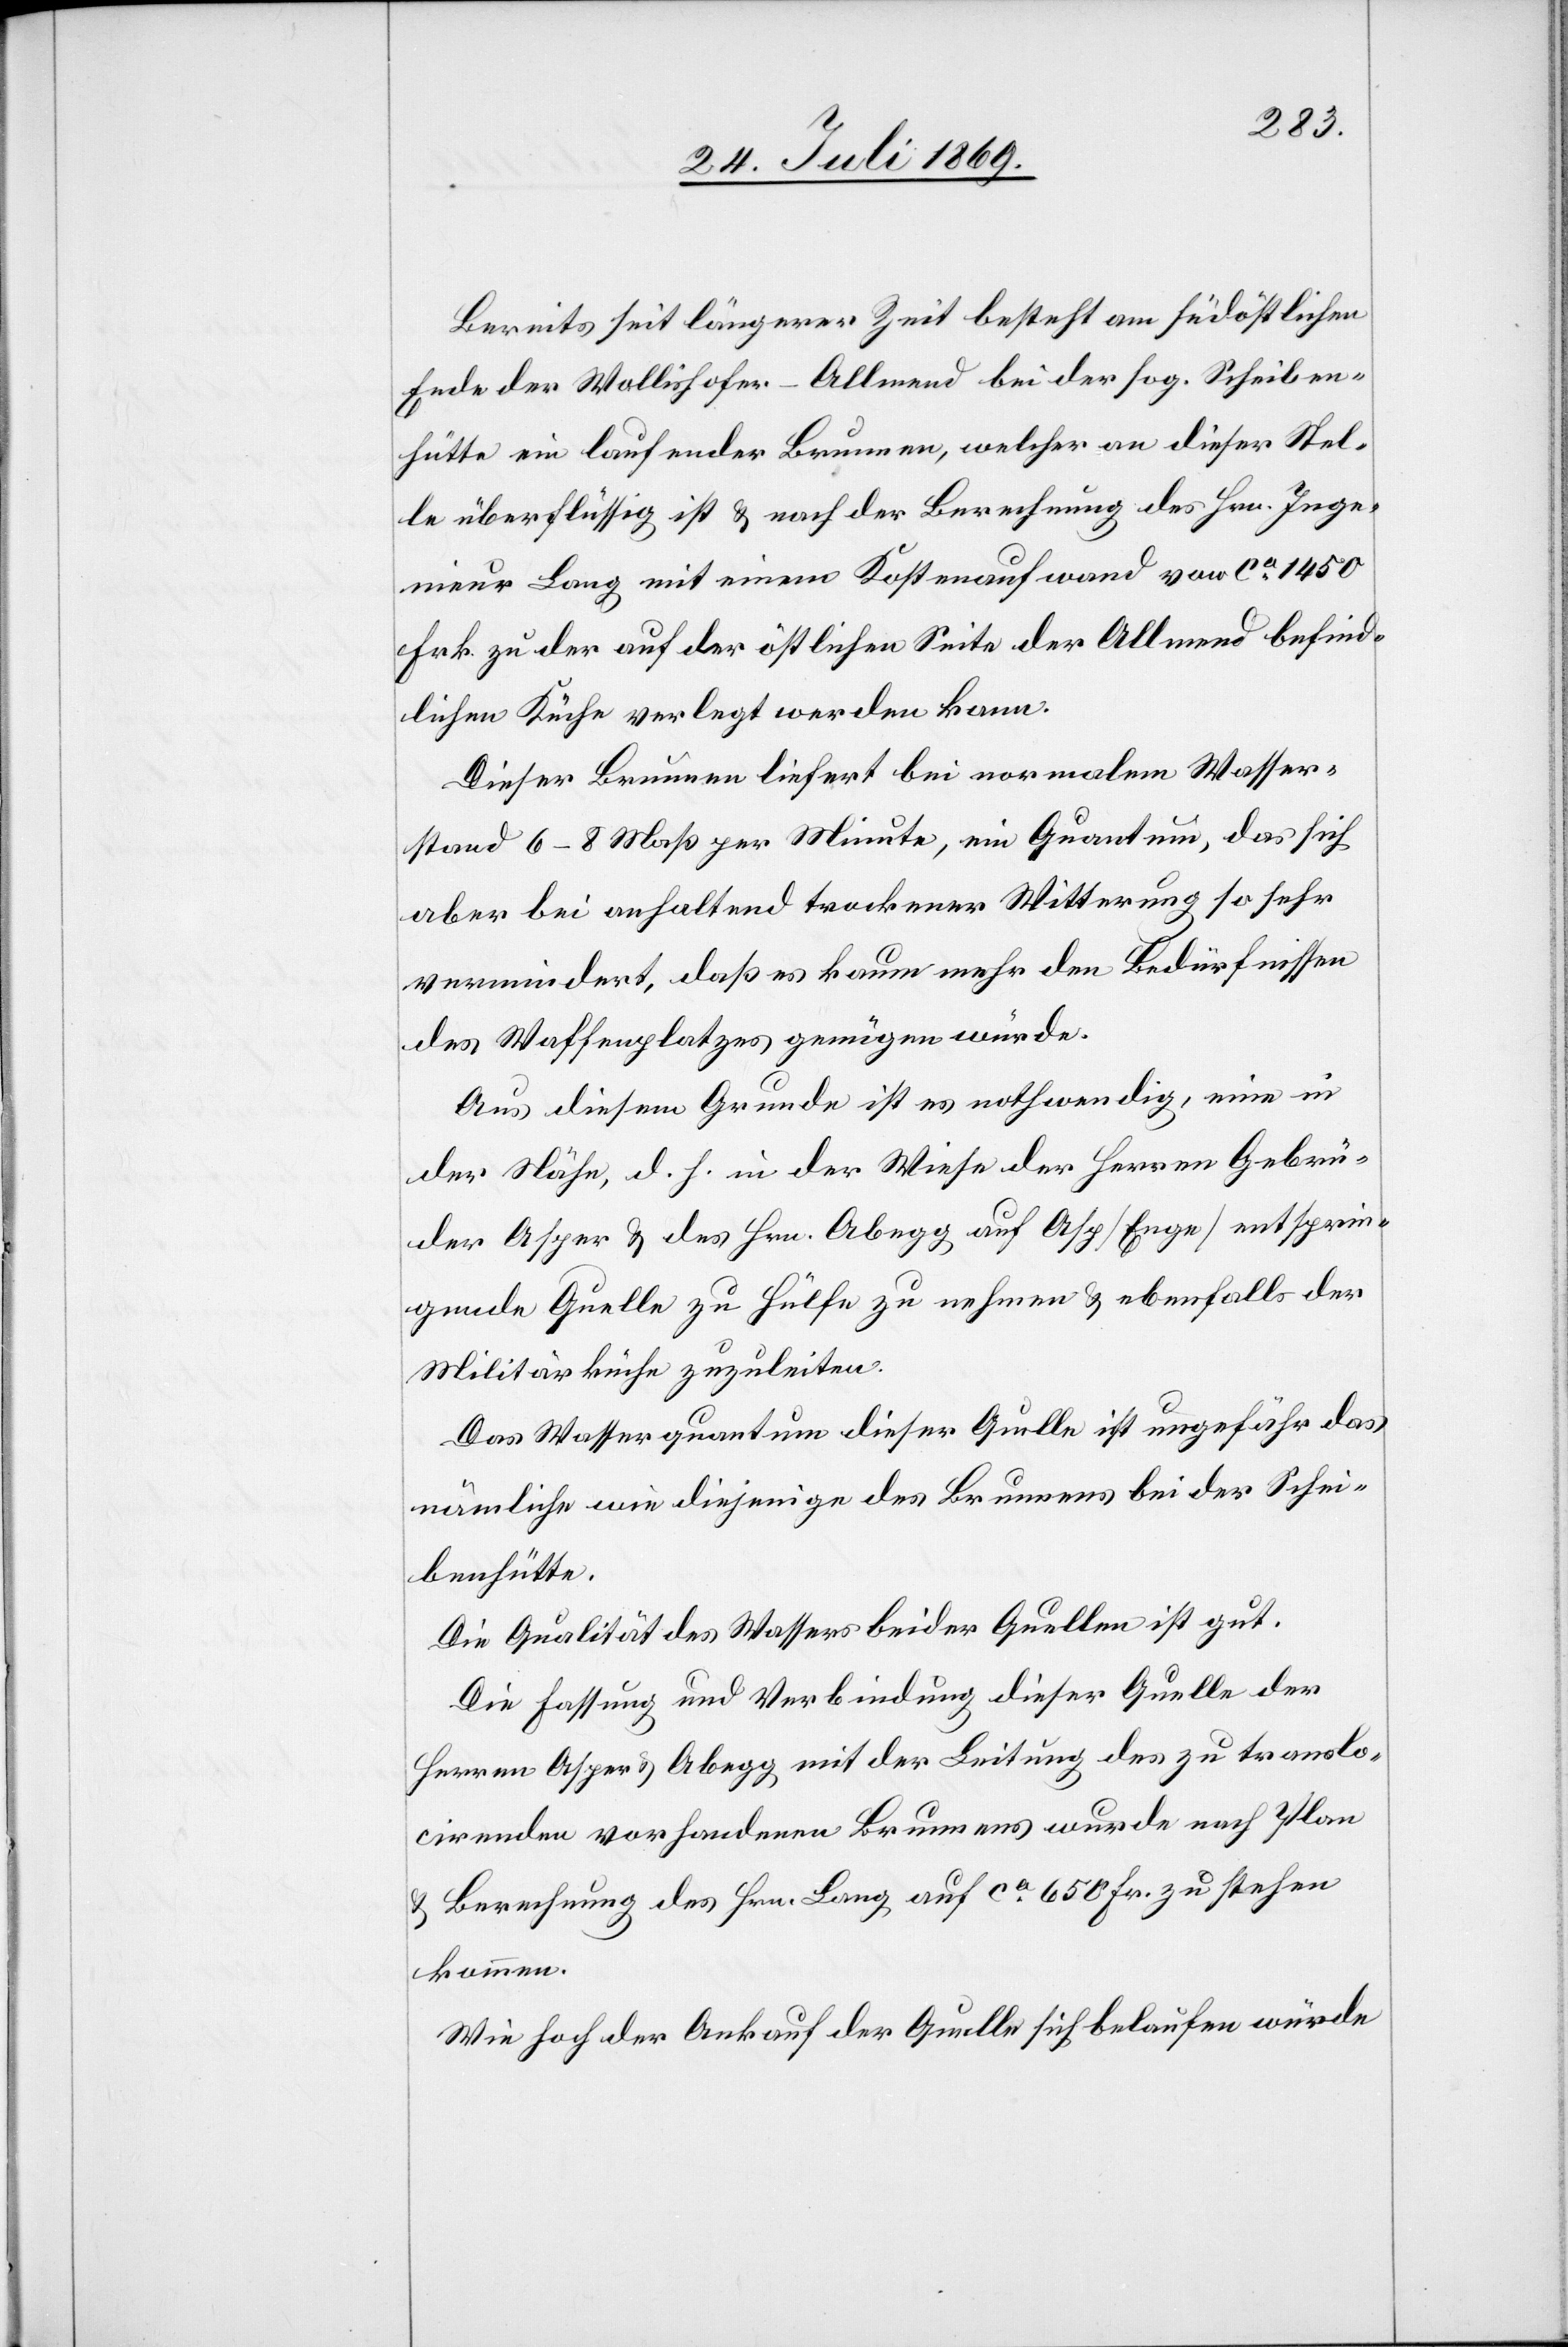
Bereits seit längerer Zeit besteht am südöstlichen
Ende der Wollishofer-Allmend bei der sog. Scheiben¬
hütte ein laufender Brunnen, welcher an dieser Stel¬
le überflüssig ist u. nach der Berechnung des Hrn. Inge¬
nieur Lang mit einem Kostenaufwand von ca 1450
Frk. zu der auf der östlichen Seite der Allmend befind¬
lichen Küche verlegt werden kann.
Dieser Brunnen liefert bei normalem Wasser¬
stand 6–8 Maß per Minute, ein Quantum, das sich
aber bei anhaltend trockener Witterung so sehr
vermindert, daß es kaum mehr den Bedürfnissen
des Waffenplatzes genügen würde.
Aus diesem Grunde ist es nothwendig, eine in
der Nähe, d. h. in der Wiese der Herren Gebrü¬
der Asper u. des Herrn Abegg auf Asp [Eng] entsprin¬
gende Quelle zu Hülfe zu nehmen u. ebenfalls der
Militärküche zuzuleiten.
Das Wasserquantum dieser Quelle ist ungefähr das
nämliche wie diejenige des Brunnens bei der Schei¬
benstätte.
Die Qualität des Wassers beider Quellen ist gut.
Die Hoffnung und Verbindung dieser Quelle der
Herren Asper u. Abegg mit der Leitung des zu translo¬
cirenden vorhandenen Brunnens wurde nach Plan
u. Berechnung des Hrn. Lang auf ca 650 Fr. zu stehen
kommen.
Wie hoch der Ankauf der Quelle sich belaufen würde